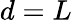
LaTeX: d=L